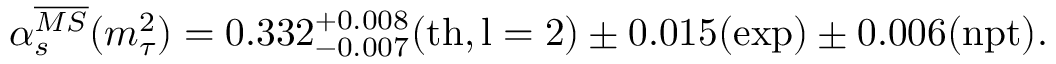
\alpha _ { s } ^ { \overline { { { M S } } } } ( m _ { \tau } ^ { 2 } ) = 0 . 3 3 2 _ { - 0 . 0 0 7 } ^ { + 0 . 0 0 8 } ( \mathrm { t h , l = 2 } ) \pm 0 . 0 1 5 ( \mathrm { e x p } ) \pm 0 . 0 0 6 ( \mathrm { n p t } ) .